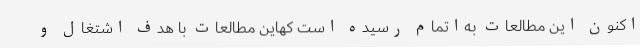
اکنون این مطالعات به‌اتمام رسیده است کهاین مطالعات با هدف اشتغال و